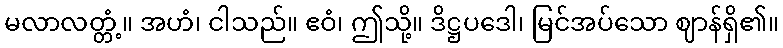
မလာလတ္တံ့။ အဟံ၊ ငါသည်။ ဧဝံ၊ ဤသို့။ ဒိဋ္ဌပဒေါ၊ မြင်အပ်သော ဈာန်ရှိ၏။